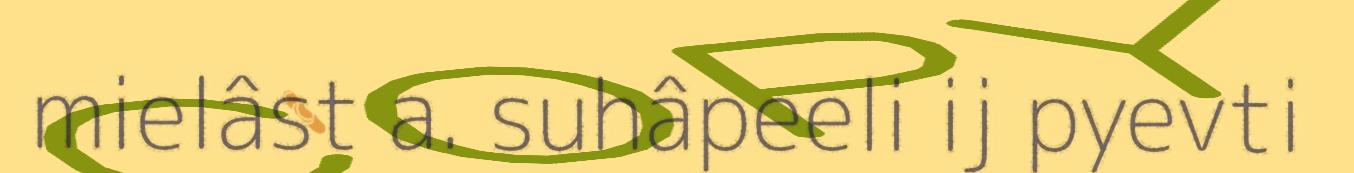
mielâst a. suhâpeeli ij pyevti